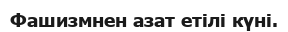
Фашизмнен азат етілі күні.